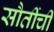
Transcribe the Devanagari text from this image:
सौतींची